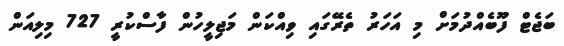
ބަޖެޓް ފޫބެއްދުމަށް މި އަހަރު ތެރޭގައި ވިއްކަން މަޖިލީހުން ފާސްކުރީ 727 މިލިއަން